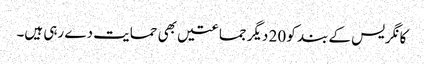
کانگریس کے بند کو 20 دیگر جماعتیں بھی حمایت دے رہی ہیں۔